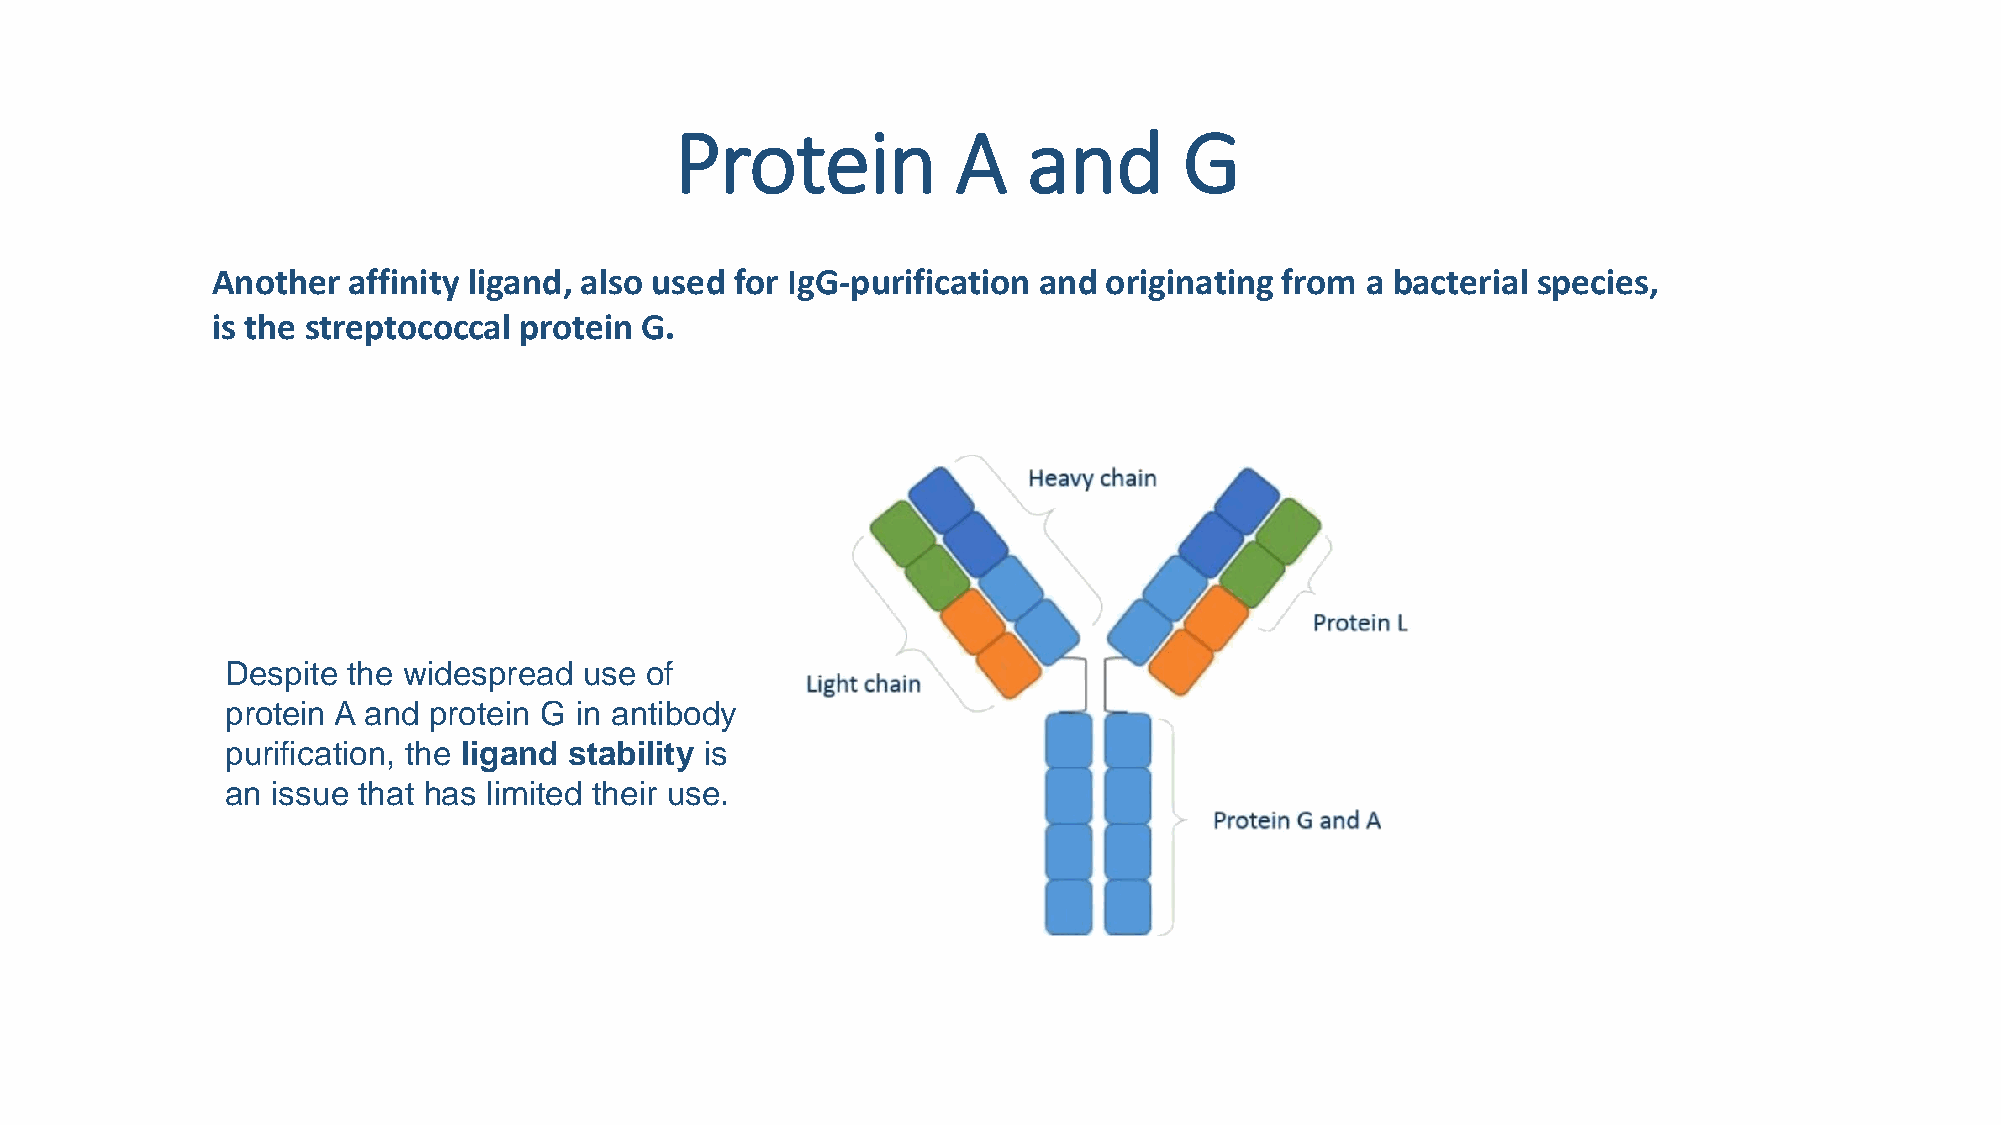
Protein           A    and       G
 Another  affinity ligand, also used for IgG-purification and originating from a bacterial species,
 is the streptococcal protein G.
 Despite the widespread  use of
 protein A and protein G in antibody
 purification, the ligand stability is
 an issue that has limited their use.